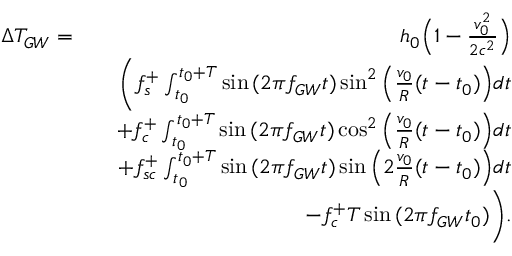
\begin{array} { r l r } { \Delta T _ { G W } = } & { } & { h _ { 0 } \Bigl ( 1 - \frac { v _ { 0 } ^ { 2 } } { 2 c ^ { 2 } } \Bigr ) } \\ & { } & { \Biggl ( f _ { s } ^ { + } \int _ { t _ { 0 } } ^ { t _ { 0 } + T } \sin { ( 2 \pi f _ { G W } t ) } \sin ^ { 2 } { \Bigl ( \frac { v _ { 0 } } { R } ( t - t _ { 0 } ) \Bigr ) } d t } \\ & { } & { + f _ { c } ^ { + } \int _ { t _ { 0 } } ^ { t _ { 0 } + T } \sin { ( 2 \pi f _ { G W } t ) } \cos ^ { 2 } { \Bigl ( \frac { v _ { 0 } } { R } ( t - t _ { 0 } ) \Bigr ) } d t } \\ & { } & { + f _ { s c } ^ { + } \int _ { t _ { 0 } } ^ { t _ { 0 } + T } \sin { ( 2 \pi f _ { G W } t ) } \sin { \Bigl ( 2 \frac { v _ { 0 } } { R } ( t - t _ { 0 } ) \Bigr ) } d t } \\ & { } & { - f _ { c } ^ { + } T \sin { ( 2 \pi f _ { G W } t _ { 0 } ) } \Biggr ) . } \end{array}